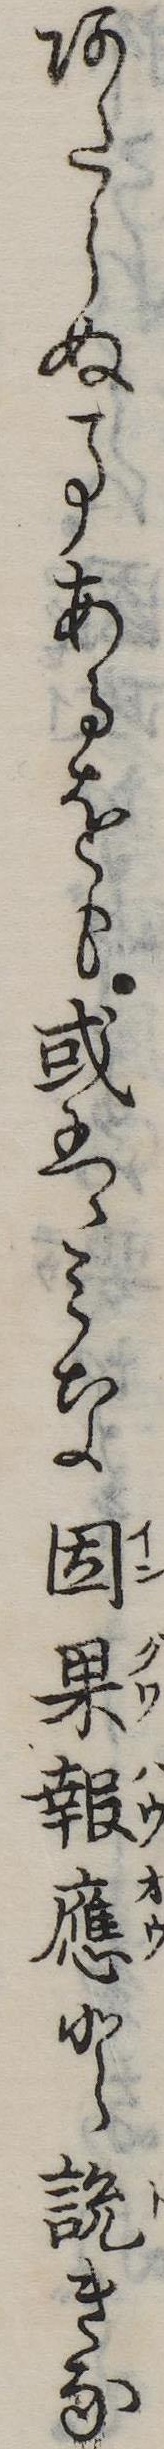
あたらぬ事あるをも或はみな因果報応と説きな